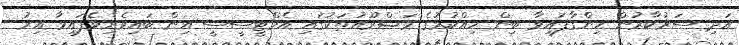
އަދި ސަރުކާރުން ހިންގާފައިވާ ބިން ހިއްކުމުގެ މަޝްރޫއުތަކުގައި އެމްޓީސީސީ އިން ބައިވެރިވެފައިވާ އިރު